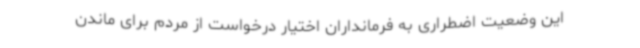
این وضعیت اضطراری به فرمانداران اختیار درخواست از مردم برای ماندن